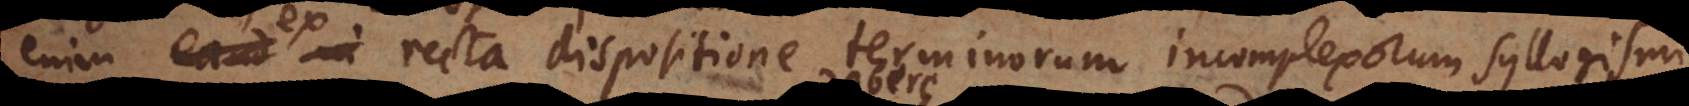
enim ex recta dispositione terminorum syllogism